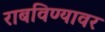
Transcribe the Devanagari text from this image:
राबविण्यावर